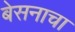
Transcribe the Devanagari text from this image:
बेसनाचा